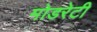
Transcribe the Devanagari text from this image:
मोडरेटी